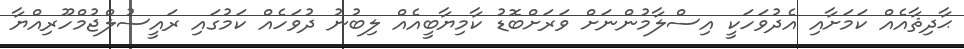
ޙާދިޘާއެއް ކަމަށާއި އެދުވަހަކީ އިސްލާމުންނަށް ވަރަށްބޮޑު ކާމިޔާބީއެއް ލިބުނު ދުވަހެއް ކަމުގައި ރައީސުލްޖުމްހޫރިއްޔާ